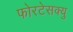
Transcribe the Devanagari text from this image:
फोरटेसक्यु